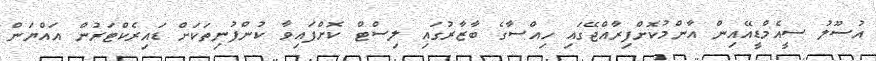
އުސޫލު ސީއެމްޑީއޭއިން އާންމުކޮށްފިރާއްޖޭގައި ހިއްސާގެ ބާޒާރުގައި ލިސްޓް ކޮށްފައިވާ ކުންފުނިތަކަށް ޑައިރެކްޓަރުން އައްޔަން